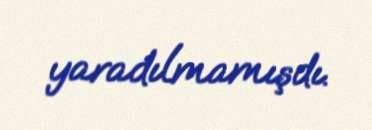
yaradılmamışdı.